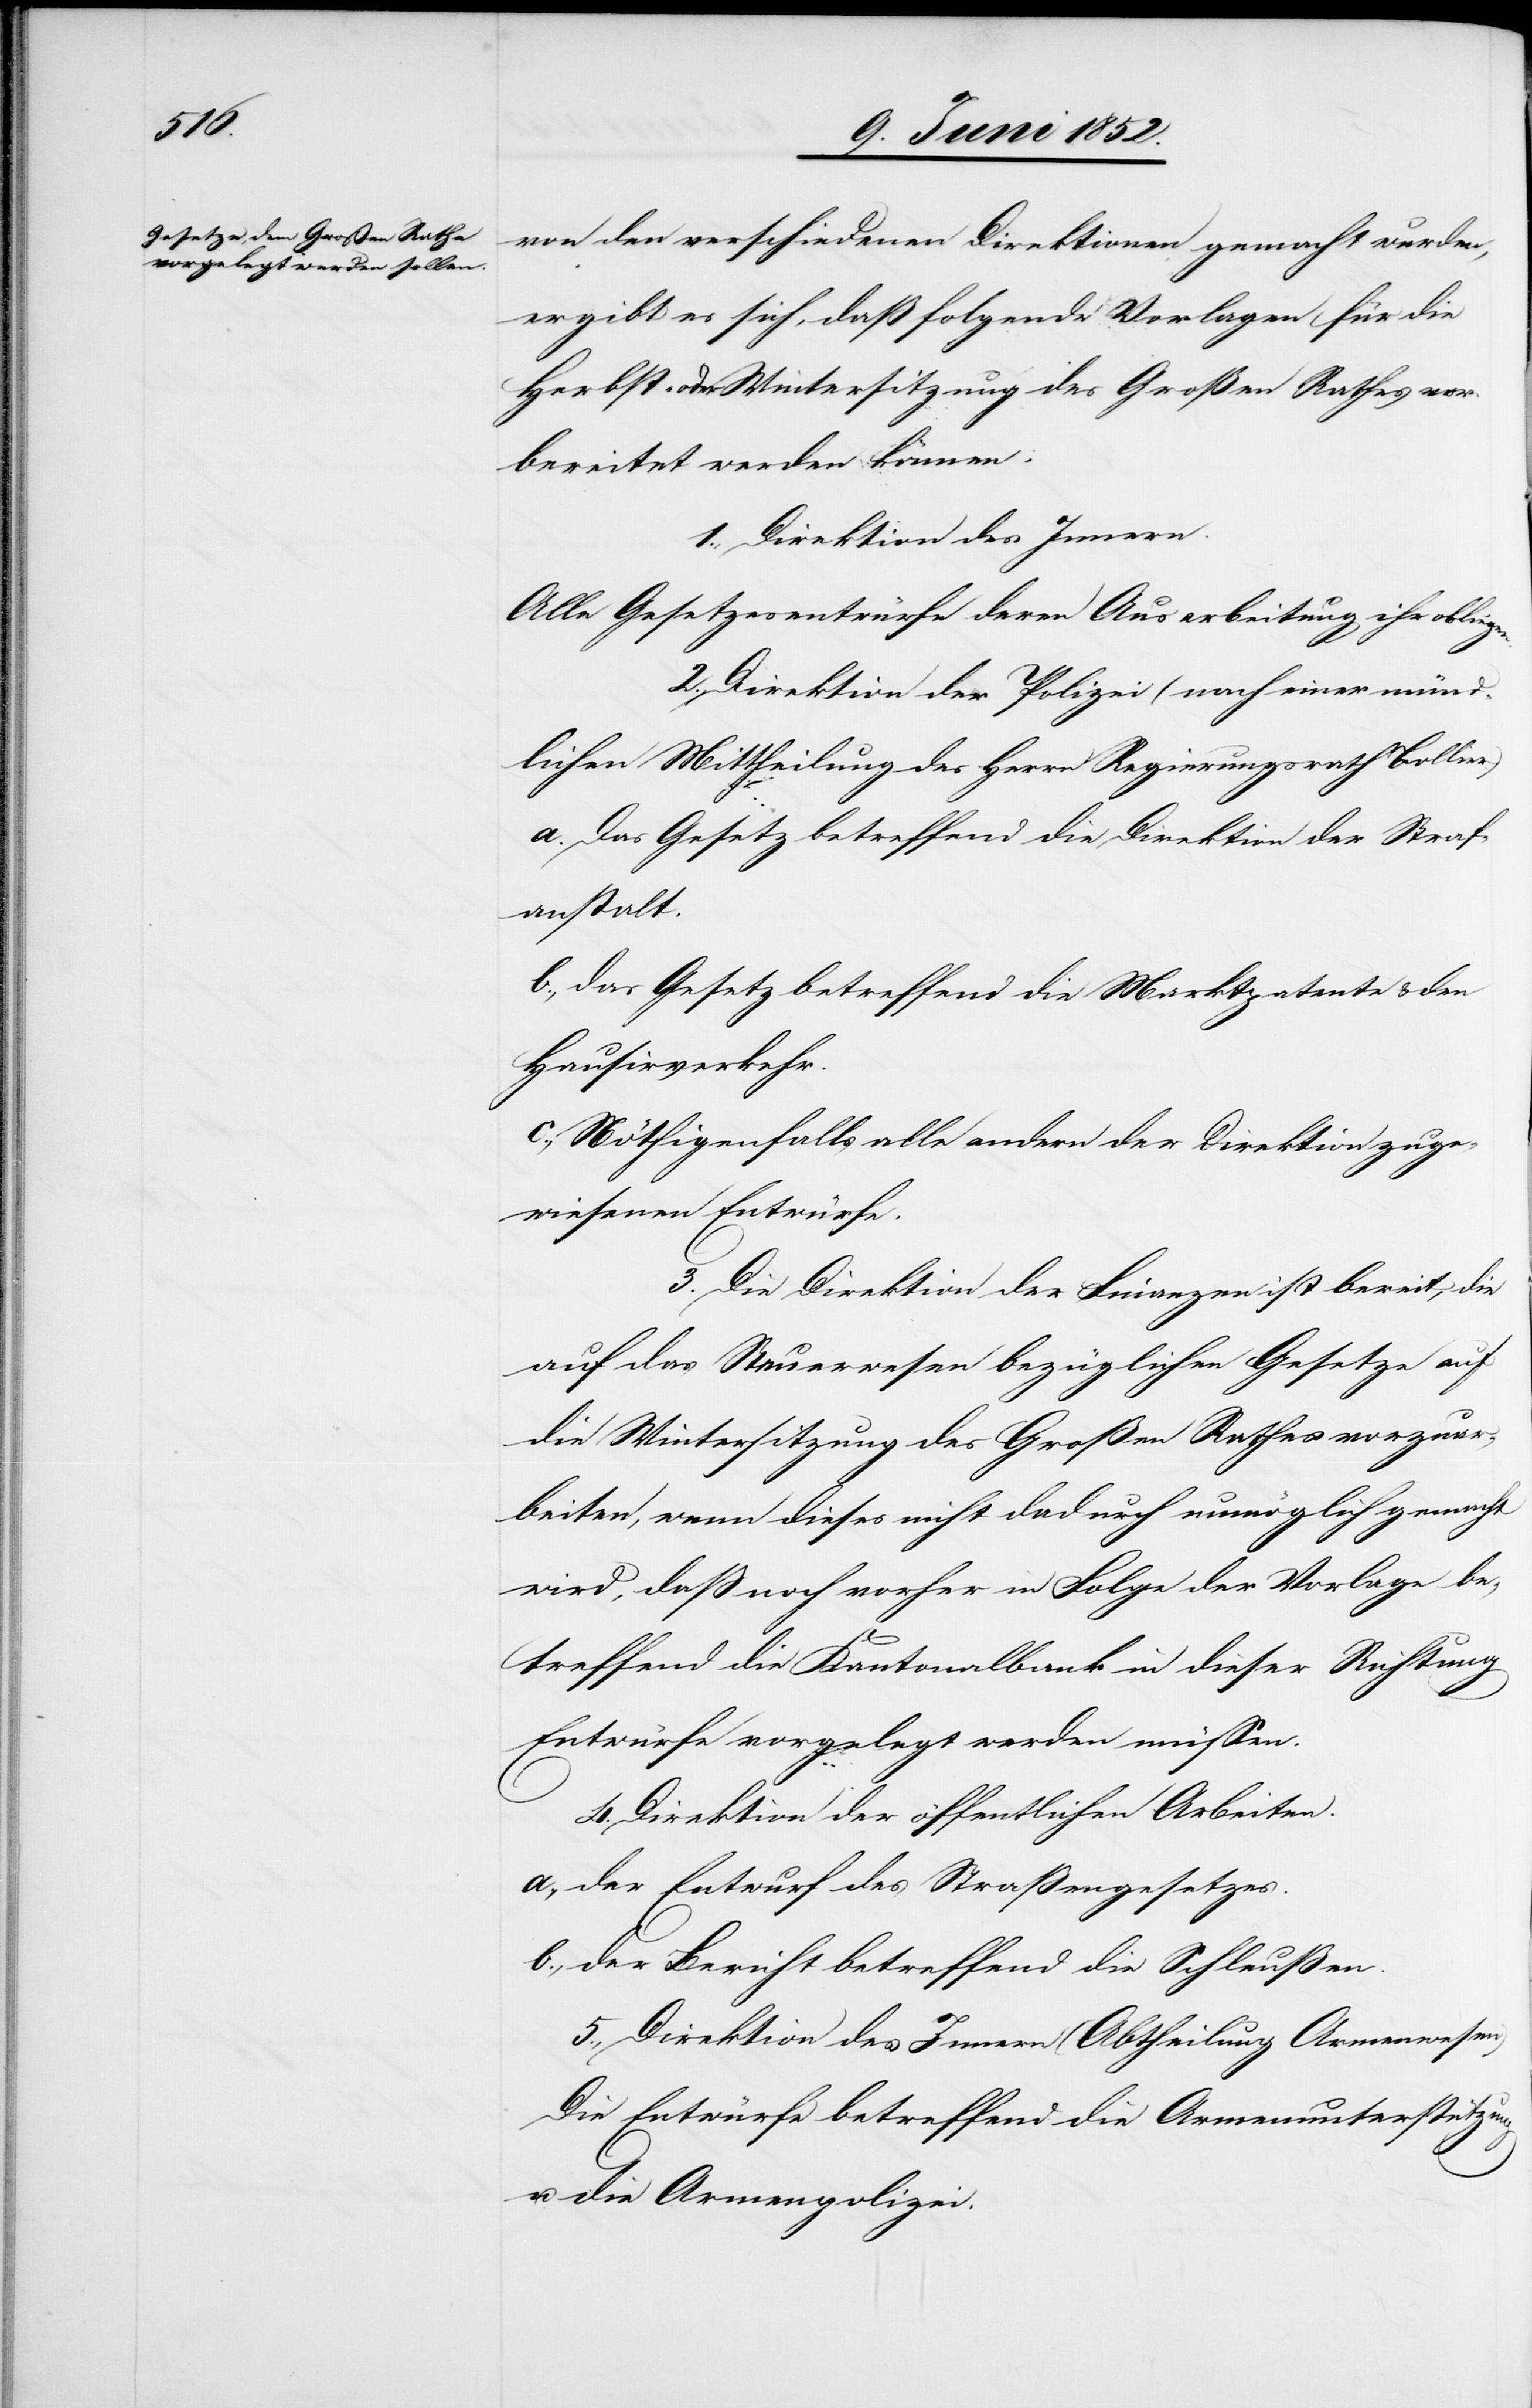
chen

von den verschiedenen Direktionen gemacht wurden,
ergibt es sich, daß folgende Vorlagen für die
Herbst- oder Wintersitzung des Großen Rathes vor¬
bereitet werden können:
1., Direktion des Innern.
Alle Gesetzesentwürfe deren Ausarbeitung ihr obliegen.
2., Direktion der Polizei (nach einer mündli¬
Das Gesetz betreffend die Direktion der Straf¬
anstalt.
das Gesetz betreffend die Marktpatente & den
Hausirverkehr.
Nöthigenfalls alle andern der Direktion zuge¬
wiesenen Entwürfe.
3. Die Direktion der Finanzen ist bereit, die
auf das Steuerwesen bezüglichen Gesetze auf
die Wintersitzung des Großen Rathes vorzuar¬
beiten, wenn dieses nicht dadurch unmöglich gemacht
wird, dass noch vorher in Folge der Vorlage be¬
treffend die Kantonalbank in dieser Richtung
Entwürfe vorgelegt werden müssen.
4. Direktion der öffentlichen Arbeiten.
a., der Entwurf des Strassengesetzes.
b., der Bericht betreffend die Schleußen.
5., Direktion des Innern (Abtheilung Armenwesen)
Die Entwürfe betreffend die Armenunterstützung
u. die Armenpolizei.